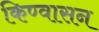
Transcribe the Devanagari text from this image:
किण्वासन